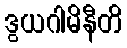
ဒွယဂါမိနီတိ